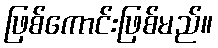
ဖြစ်ကောင်းဖြစ်မည်။